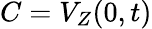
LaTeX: C=V_{Z}(0,t)